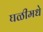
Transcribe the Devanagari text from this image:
घळीमधे